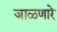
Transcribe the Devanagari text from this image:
जाळणारे